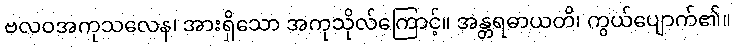
ဗလဝအကုသလေန၊ အားရှိသော အကုသိုလ်ကြောင့်။ အန္တရဓာယတိ၊ ကွယ်ပျောက်၏။